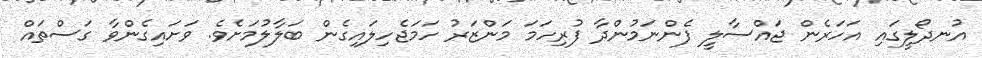
އުނދޯލީގައި އަހަރެން ޖައްސާލީ ފެންނަމުންދާ ފުރިހަމަ މަންޒަރު ހަމަޖެހިލައިގެން ބަލާލުމަށެވެ. ވަށައިގެންވާ ގަސްތައް